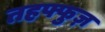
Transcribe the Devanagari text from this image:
तहफ्फुज़